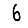
Digit: 6